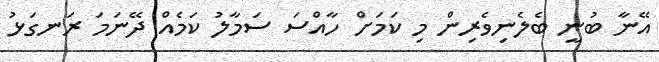
އޭނާ ބުނީ ބެލެނިވެރިން މި ކަމަށް ހާއްސަ ސަމާލު ކަމެއް ދޭނަމަ ރަނގަޅު